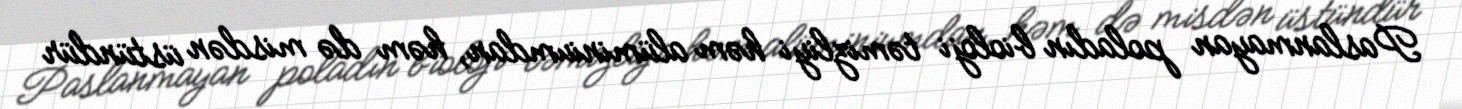
Paslanmayan poladın bioloji təmizliyi həm alüminiumdan, həm də misdən üstündür